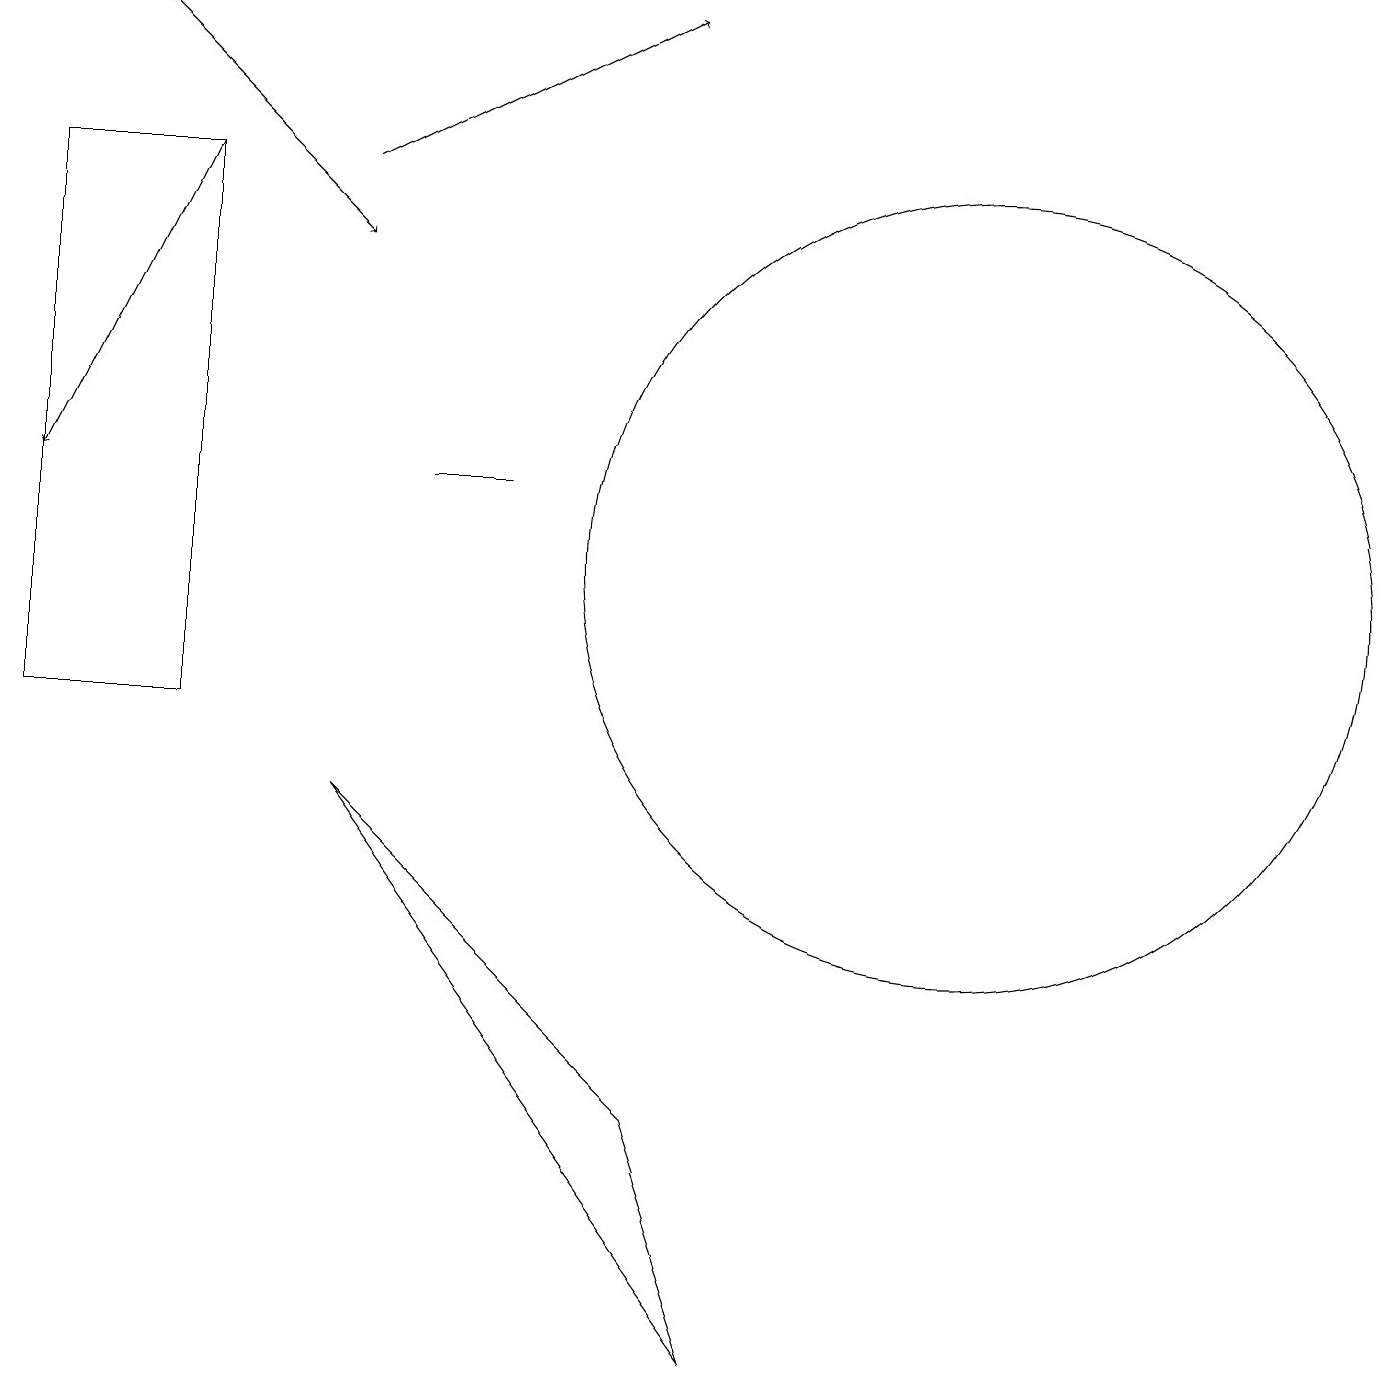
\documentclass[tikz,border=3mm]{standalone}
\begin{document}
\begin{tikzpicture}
\draw (2,10) rectangle (0,17);
\draw (6,13) rectangle (5,13);
\draw (9,2) -- (4,9) -- (8,5) -- cycle;
\draw[->] (4,17) -- (8,19);
\draw[->] (1,19) -- (4,16);
\draw[->] (2,17) -- (0,13);
\draw (12,12) circle (5);
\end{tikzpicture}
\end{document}